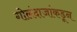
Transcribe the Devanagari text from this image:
गोलंदाजांकडून